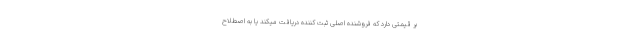
بر قیمتی دارد که فروشنده اصلی ثبت کننده دریافت میکند یا به اصطلاح